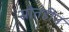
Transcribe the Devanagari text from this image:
स्रोतहीन